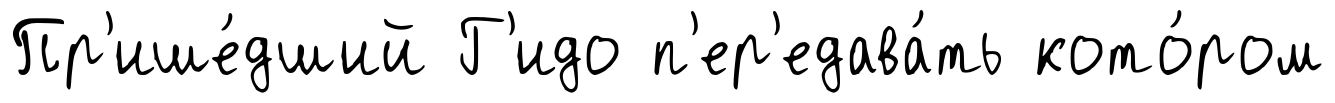
Пр'ише́дший Г'идо п'ер'едава́ть кото́ром